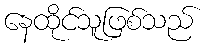
နေထိုင်သူဖြစ်သည်